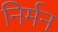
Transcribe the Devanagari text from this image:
निर्मन